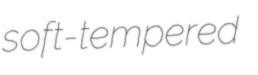
soft-tempered